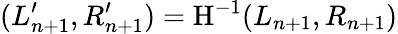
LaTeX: (L_{n+1}^{\prime},R_{n+1}^{\prime})=\mathrm{H}^{-1}(L_{n+1},R_{n+1})